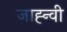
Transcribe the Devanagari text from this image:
जाह्न्वी